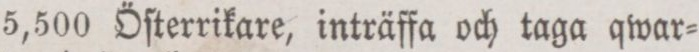
5,500 Öſterrikare, inträffa och taga qwar=